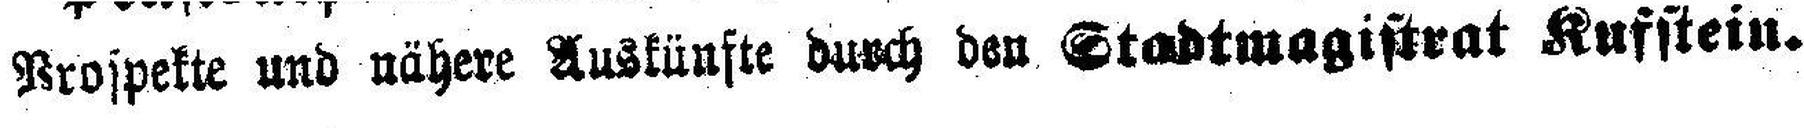
Prospekte und nähere Auskünfte durch den Stadtmagistrat Kufstein.